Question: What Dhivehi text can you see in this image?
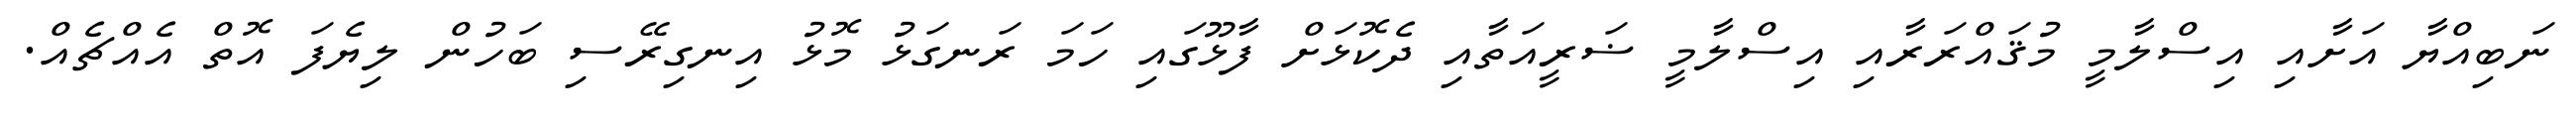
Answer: ނަބިއްޔާ އަށާއި އިސްލާމީ މުޤައްރަރާއި އިސްލާމީ ޟަރީއަތާއި ދެކޮޅަށް ފާޅޫގައި ހަމަ ރަނގަޅު މޮޅު އިނގިރޭސި ބަހުން ލިޔެފަ އޮތް އެއްޗެއް.